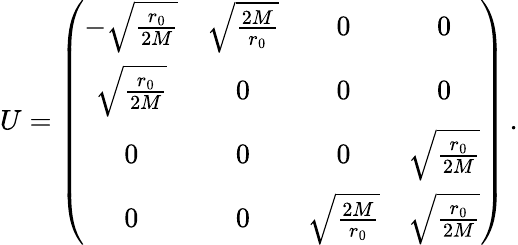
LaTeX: U=\left(\begin{array}{cccc}{{-\sqrt{\frac{r_{0}}{2M}}}}&{{\sqrt{\frac{2M}{r_{0}}}}}&{{0}}&{{0}}\\ {{\sqrt{\frac{r_{0}}{2M}}}}&{{0}}&{{0}}&{{0}}\\ {{0}}&{{0}}&{{0}}&{{\sqrt{\frac{r_{0}}{2M}}}}\\ {{0}}&{{0}}&{{\sqrt{\frac{2M}{r_{0}}}}}&{{\sqrt{\frac{r_{0}}{2M}}}}\end{array}\right)\, .